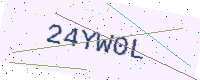
Text: 24YW0L